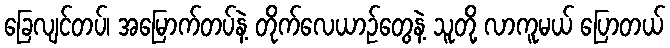
ခြေလျင်တပ်၊ အမြောက်တပ်နဲ့ တိုက်လေယာဉ်တွေနဲ့ သူတို့ လာကူမယ် ပြောတယ်